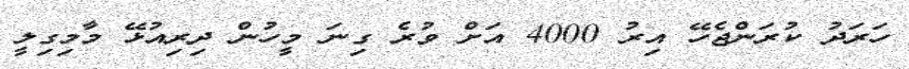
ހަރަދު ކުރަންޖެހޭ އިރު 4000 އަށް ވުރެ ގިނަ މީހުން ދިރިއުޅޭ މާމިގިލީ